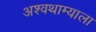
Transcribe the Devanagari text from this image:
अश्वथाम्याला